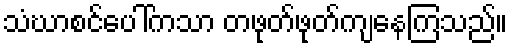
သံဃာစင်ပေါ်ကသာ တဖုတ်ဖုတ်ကျနေကြသည်။